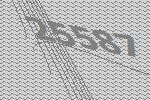
25587